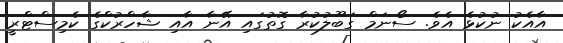
އާއެކު ނުކުޅެ އެވެ. ސޯނަމް ގަބޫލުކުރާ ގޮތުގައި އޭނާ އާއި ޝާހްރުކްގެ ކެމިސްޓްރީ